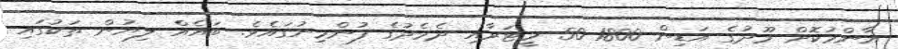
އާންމުކޮށް މޫދުގެ އަޑިން 1800-50 މީޓަރާއި ދެމެދުގެ ފުންމިނުގައެވެ. ބައެއް ލިޔުން ތަކުގައި